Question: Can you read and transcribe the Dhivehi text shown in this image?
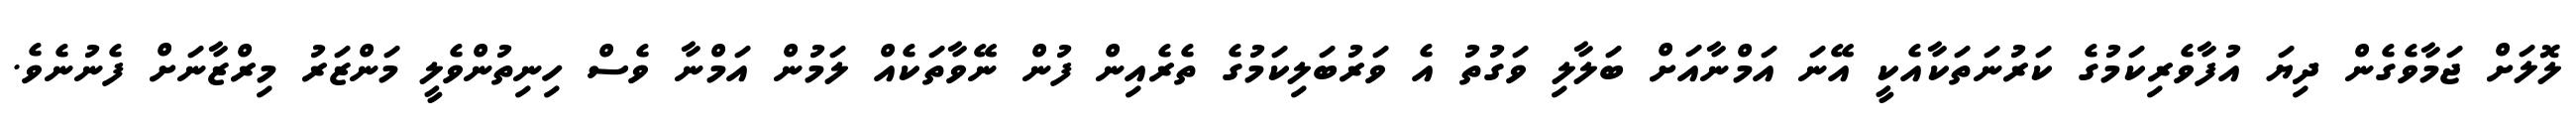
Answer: ލޮލަށް ޖަމާވެގެން ދިޔަ އުފާވެރިކަމުގެ ކަރުނަތަކާއެކީ އޭނަ އަމްނާއަށް ބަލާލި ވަގުތު އެ ވަރުބަލިކަމުގެ ތެރެއިން ފުން ނޭވާތަކެއް ލަމުން އަމްނާ ވެސް ހިނިތުންވެލީ މަންޒަރު މިރްޒާނަށް ފެނުނެވެ.